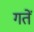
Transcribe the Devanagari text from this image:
गतें